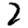
Digit: 2